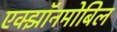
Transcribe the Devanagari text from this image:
एक्झॉनमोबिल